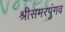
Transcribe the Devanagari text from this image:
श्रीसमरपुंगव